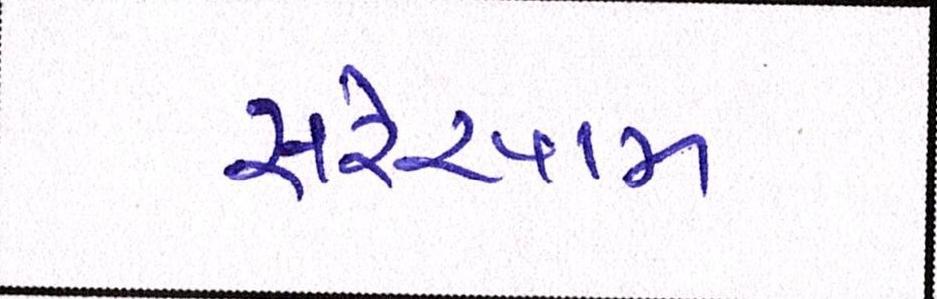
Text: સરેઆમ